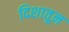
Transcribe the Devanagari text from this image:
दिशातून